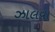
ઝાલવા